Report of the Municipal Commissioner on the plague in Bombay for the year ending 31st May... - Volume 2
Disease focus: Plague
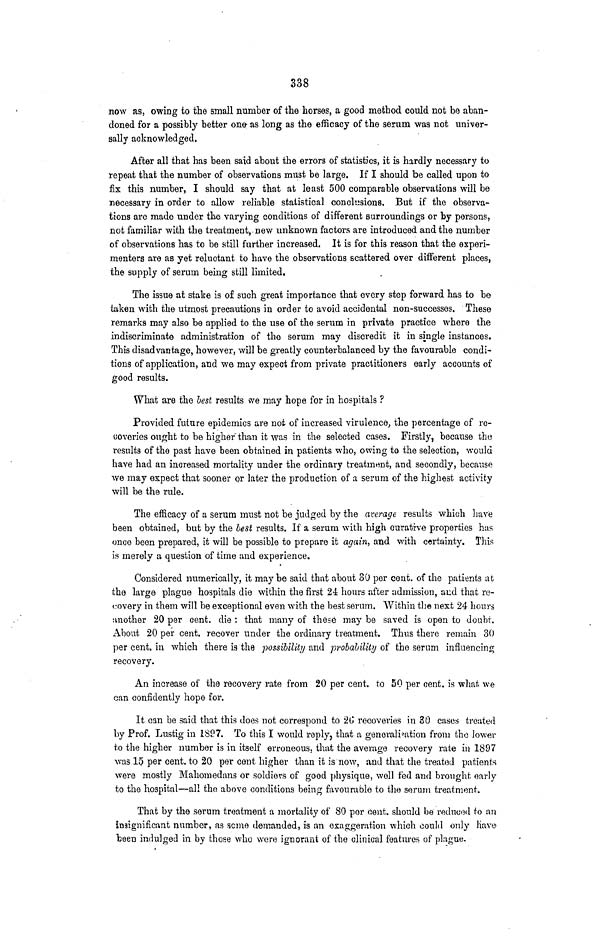
338
now as, owing to the small number of the horses, a good method could not be aban-
doned for a possibly better one- as long as the efficacy of the serum was not univer-
sally acknowledged.
After all that has been said about the errors of statistics, it is hardly necessary to
repeat that the number of observations must be large. If I should be called upon to
fix this number, I should say that at least 500 comparable observations will be
necessary in order to allow reliable statistical conclusions, But if the observa-
tions are made under the varying conditions of different surroundings or by persons,
not familiar with the treatment, new unknown factors are introduced and the number
of observations has to be still further increased. It is for this reason that the experi-
menters are as yet reluctant to have the observations scattered over different places,
the supply of serum being still limited.
The issue at stake is of such great importance that every step forward has to be
taken with the utmost precautions in order to avoid accidental non-successes. These
remarks may also be applied to the use of the serum in private practice where the
indiscriminate administration of the serum may discredit it in single instances.
This disadvantage, however, will be greatly counterbalanced by the favourable condi-
tions of application, and we may expect from private practitioners early accounts of
good results.
What are the best results we may hope for in hospitals ?
Provided future epidemics are not of increased virulence, the percentage of re-
coveries ought to be higher than it was in the selected cases. Firstly, because the
results of the past have been obtained in patients who, owing to the selection, would
have had an increased mortality under the ordinary treatment, and secondly, because
we may expect that sooner or later the production of a serum of the highest activity
will be the rule.
The efficacy of a serum must not be judged by the average results which have
been obtained, but by the best results. If a serum with high curative properties has
once been prepared, it will be possible to prepare it again, and with certainty. This
is merely a question of time and experience.
Considered numerically, it may be said that about 30 per cent. of the patients at
the large plague hospitals die within the first 24 hours after admission, and that re-
covery in them will be exceptional even with the best serum. Within the next 24 hours
another 20 per cent. die : that many of these may be saved is open to doubt.
About 20 per cent. recover under the ordinary treatment. Thus there remain 30
per cent. in which there is the possibility and probability of the serum influencing
recovery.
An increase of the recovery rate from 20 per cent. to 50 per cent. is what, we
can confidently hope for.
It can be said that this does not correspond to 26 recoveries in 30 cases treated
by Prof. Lustig in 1897. To this I would reply, that a generalisation from the lower
to the higher number is in itself erroneous, that the average recovery rate in 1897
was 15 per cent. to 20 per cent higher than it is now, and that the treated patients
were mostly Mahomedans or soldiers of good physique, well fed and brought early
to the hospital—all the above conditions being favourable to the serum treatment.
That by the serum treatment a mortality of 80 per cent. should be reduced to an
insignificant number, as some demanded, is an exaggeration which could only have
been indulged in by those who were ignorant of the clinical features of plague.